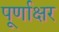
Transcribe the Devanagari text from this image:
पूर्णाक्षर